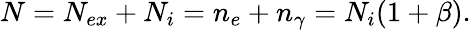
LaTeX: N=N_{ex}+N_{i}=n_{e}+n_{\gamma}=N_{i}(1+\beta).